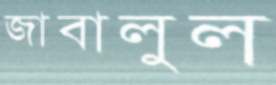
জাবালুল